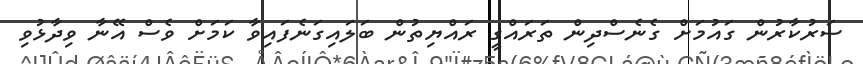
ސަރުކާރުން ގައުމަށް ގެނެސްދިން ތަރައްގީ ރައްޔިތުން ބަލައިގަނެފައިވާ ކަމަށް ވެސް އޭނާ ވިދާޅުވި